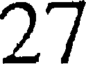
27